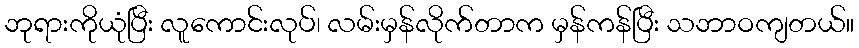
ဘုရားကိုယုံပြီး လူကောင်းလုပ်၊ လမ်းမှန်လိုက်တာက မှန်ကန်ပြီး သဘာဝကျတယ်။